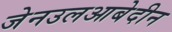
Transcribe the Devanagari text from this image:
जेनउलआबेदीन